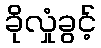
ခိုလှုံခွင့်